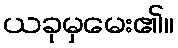
ယခုမှမေး၏။